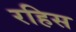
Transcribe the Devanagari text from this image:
रहिस